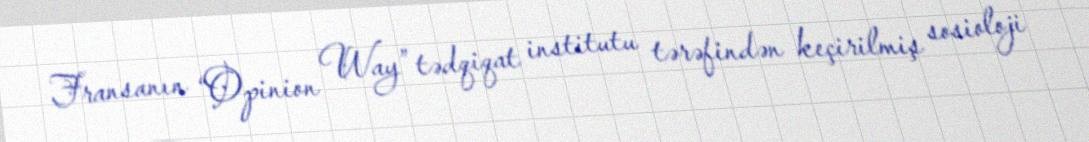
Fransanın “Opinion Way” tədqiqat institutu tərəfindən keçirilmiş sosioloji